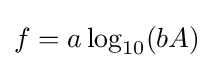
f=a\log _{10}(bA)